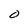
Character: O